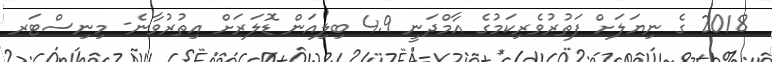
2018 ގެ ނިޔަލަށް ފަތުރުވެރިކަމުގެ އާމްދަނީ 4.9 ބިލިއަން ޑޮލަރަށް އިތުރުވާނެ- މިނިސްޓަރ